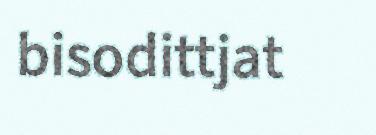
bisodittjat